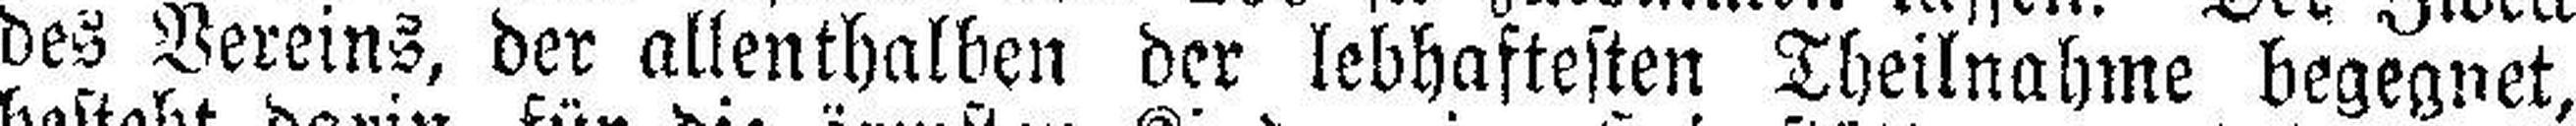
des Vereins, der allenthalben der lebhaftesten Theilnahme begegnet,